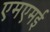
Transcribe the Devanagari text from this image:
एमएमई